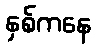
နှစ်ကနေ